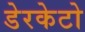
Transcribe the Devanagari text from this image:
डेरकेटो